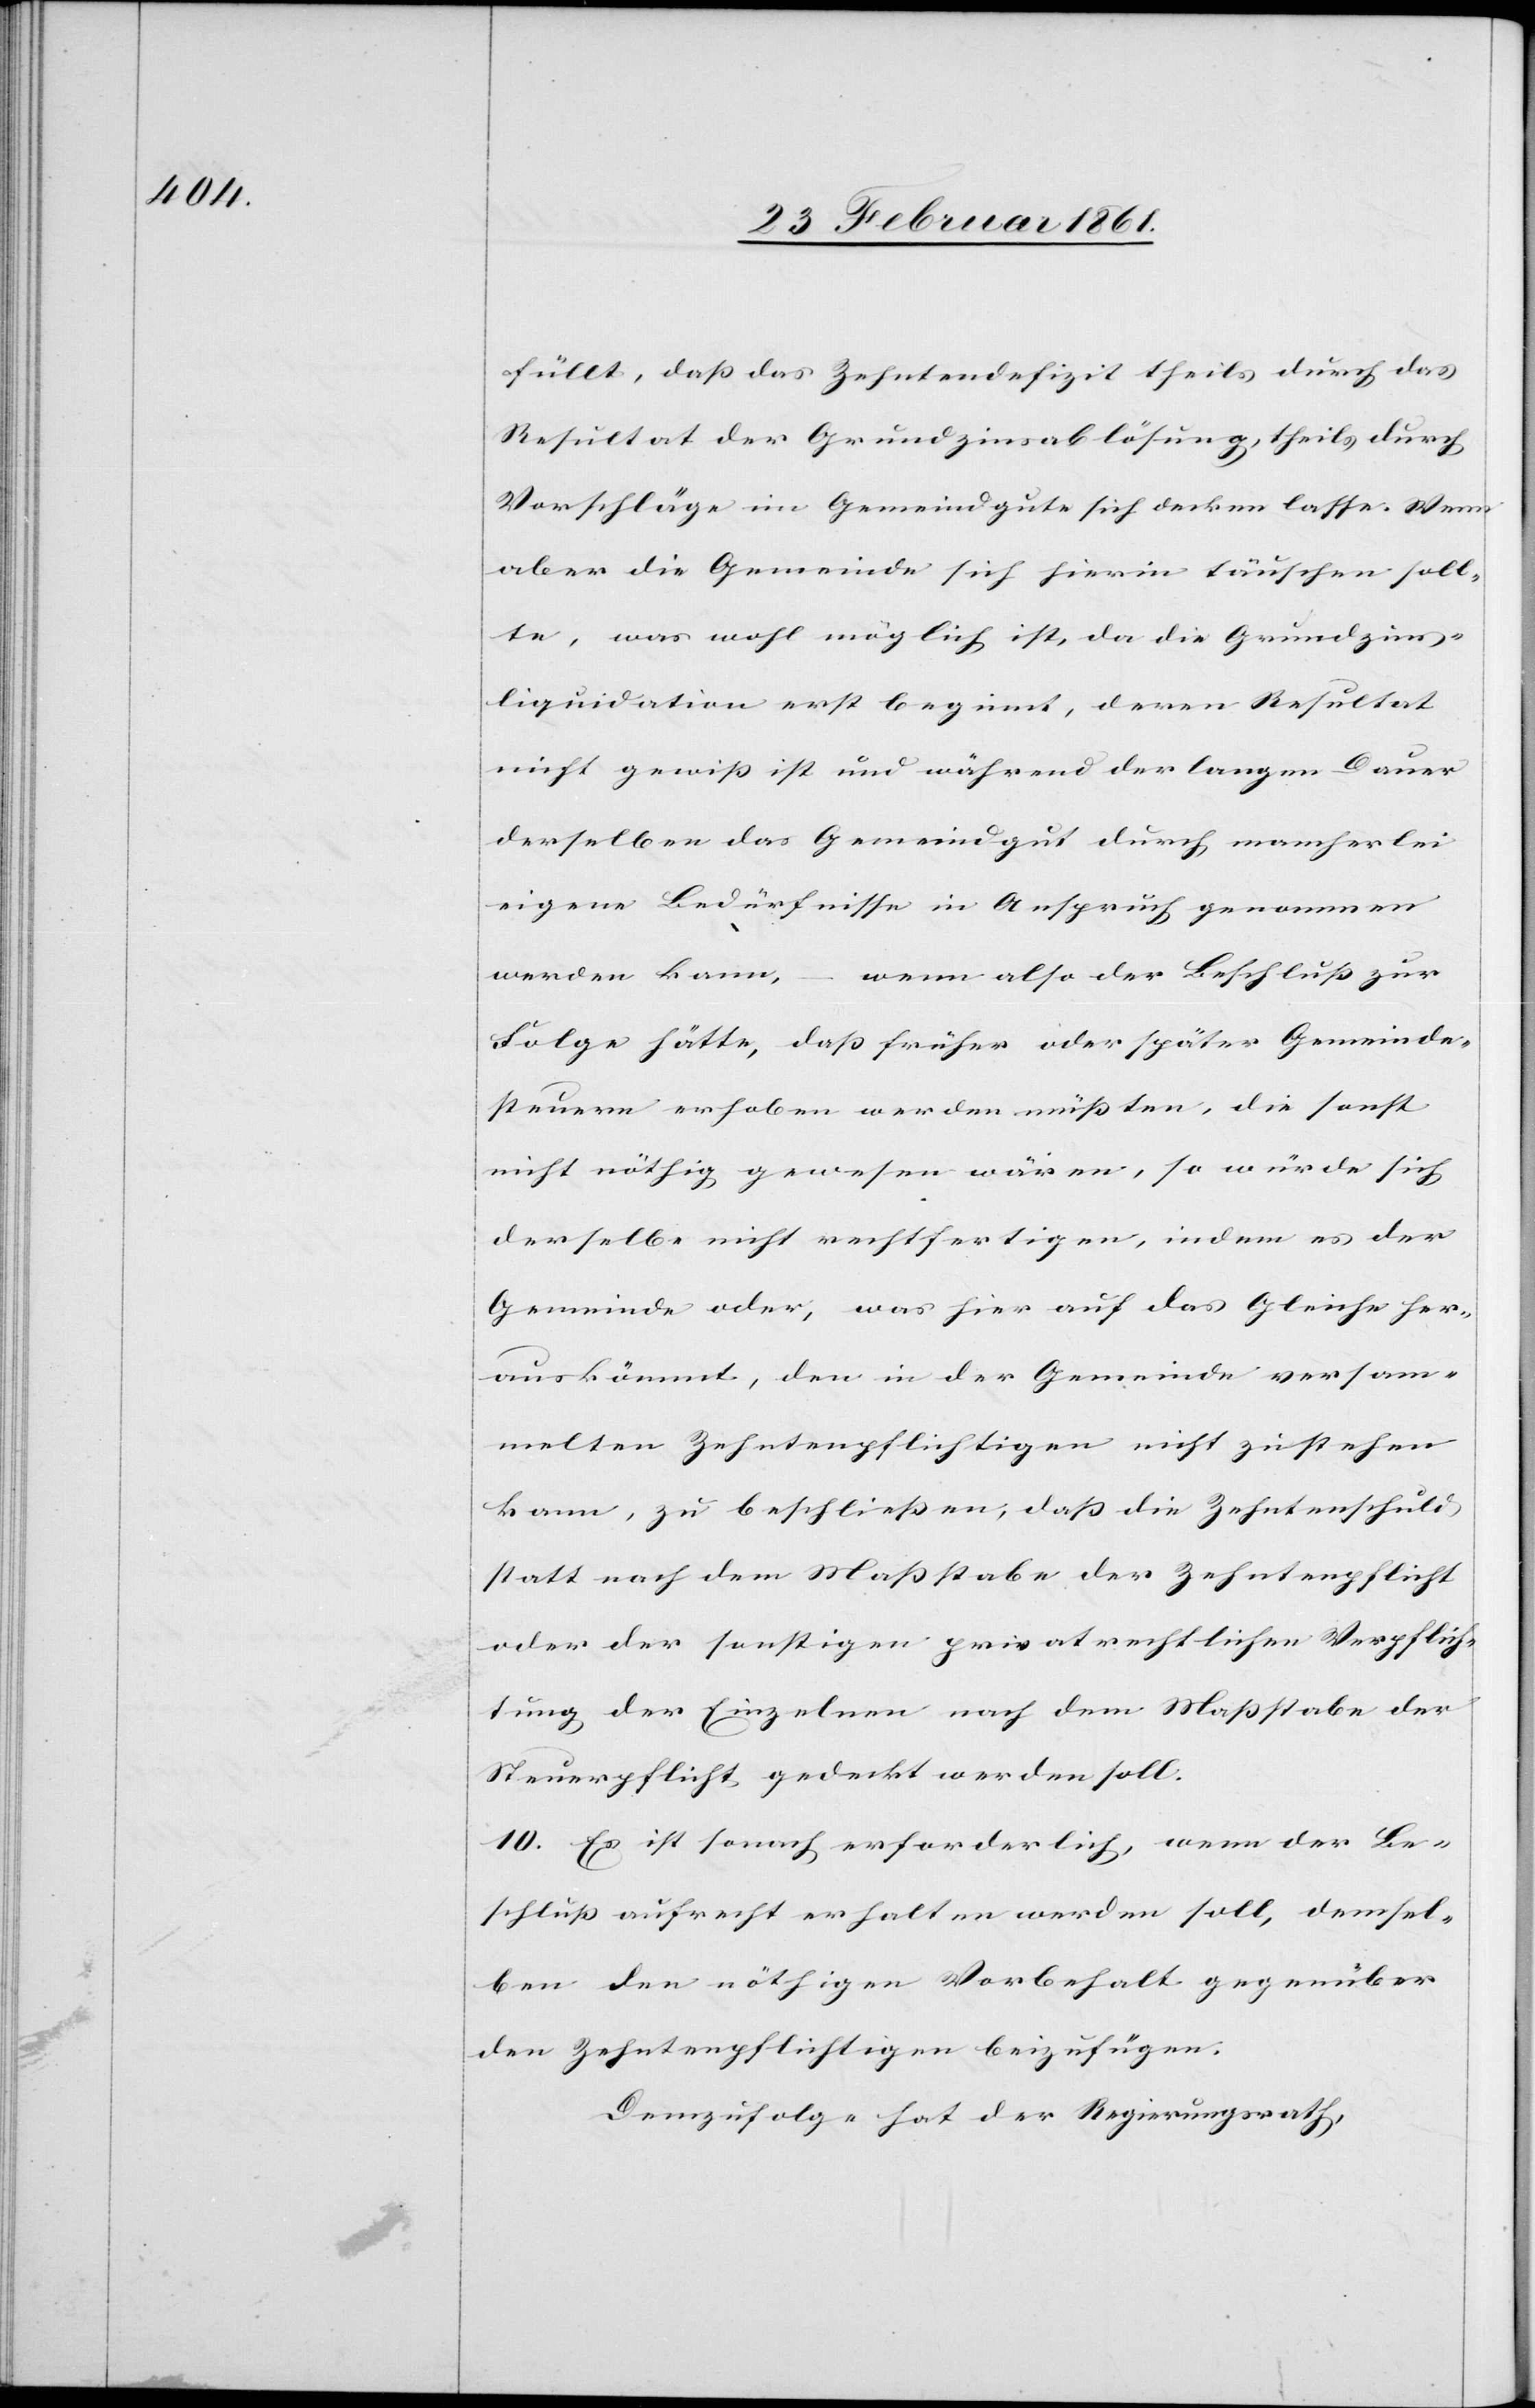
füllt, dass das Zehntendefizit theils durch das
Resultat der Grundzinsablösung, theils durch
Vorschläge im Gemeindgute sich decken lasse. Wenn
aber die Gemeinde sich hierin täuschen soll¬
te, was wohl möglich ist, da die Grundzins¬
liquidation erst beginnt, deren Resultat
nicht gewiss ist und während der langen Dauer
derselben das Gemeindgut durch mancherlei
eigene Bedürfnisse in Anspruch genommen
werden kann,
wenn also der Beschluss zur
Folge hätte, dass früher oder später Gemeinde¬
steuern erhoben werden müssten, die sonst
nicht nöthig gewesen wären, so würde sich
derselbe nicht rechtfertigen, indem es der
Gemeinde oder, was hier auf das Gleiche her¬
auskömmt, den in der Gemeinde versam¬
melten Zehntenpflichtigen nicht zustehen
kann, zu beschliessen, dass die Zehntenschuld
statt nach dem Massstabe der Zehntenpflicht
oder der sonstigen privatrechtlichen Verpflich¬
tung der Einzelnen nach dem Massstabe der
Steuerpflicht gedeckt werden soll.
10. Es ist sonach erforderlich, wenn der Be¬
schluss aufrecht erhalten werden soll, demsel¬
ben den nöthigen Vorbehalt gegenüber
den Zehntenpflichtigen beizufügen.
Demzufolge hat der Regierungsrath,